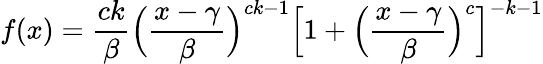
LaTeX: f(x)={\frac{ck}{\beta}}{\Big(}{\frac{x-\gamma}{\beta}}{\Big)}^{ck-1}{\Big[}1+{\Big(}{\frac{x-\gamma}{\beta}}{\Big)}^{c}{\Big]}^{-k-1}